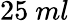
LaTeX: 25~ml